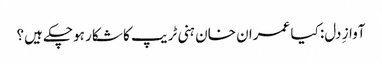
آوازِ دل: کیا عمران خان ہنی ٹریپ کا شکار ہوچکے ہیں؟